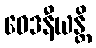
ဝေဒနီယန္တိ